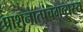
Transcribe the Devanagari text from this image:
प्राशनात्पंचगव्यस्य